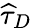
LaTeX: \widehat{\tau}_{D}